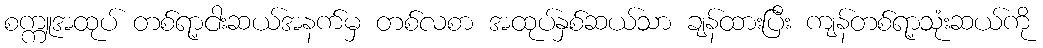
စက္ကူအထုပ် တစ်ရာ့ငါးဆယ်အနက်မှ တစ်လစာ အထုပ်နှစ်ဆယ်သာ ချန်ထားပြီး ကျန်တစ်ရာ့သုံးဆယ်ကို